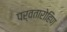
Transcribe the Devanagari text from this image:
पर्वतारोहिण